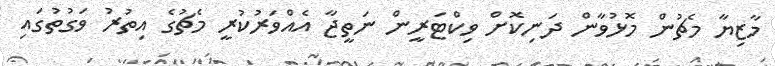
މާޒިޔާ މެޗުން މޮޅުވާން ދަނިކޮށް ވިކްޓަރީން ނަތީޖާ އެއްވަރުކުރީ މެޗުގެ އިތުރު ވަގުތުގައި